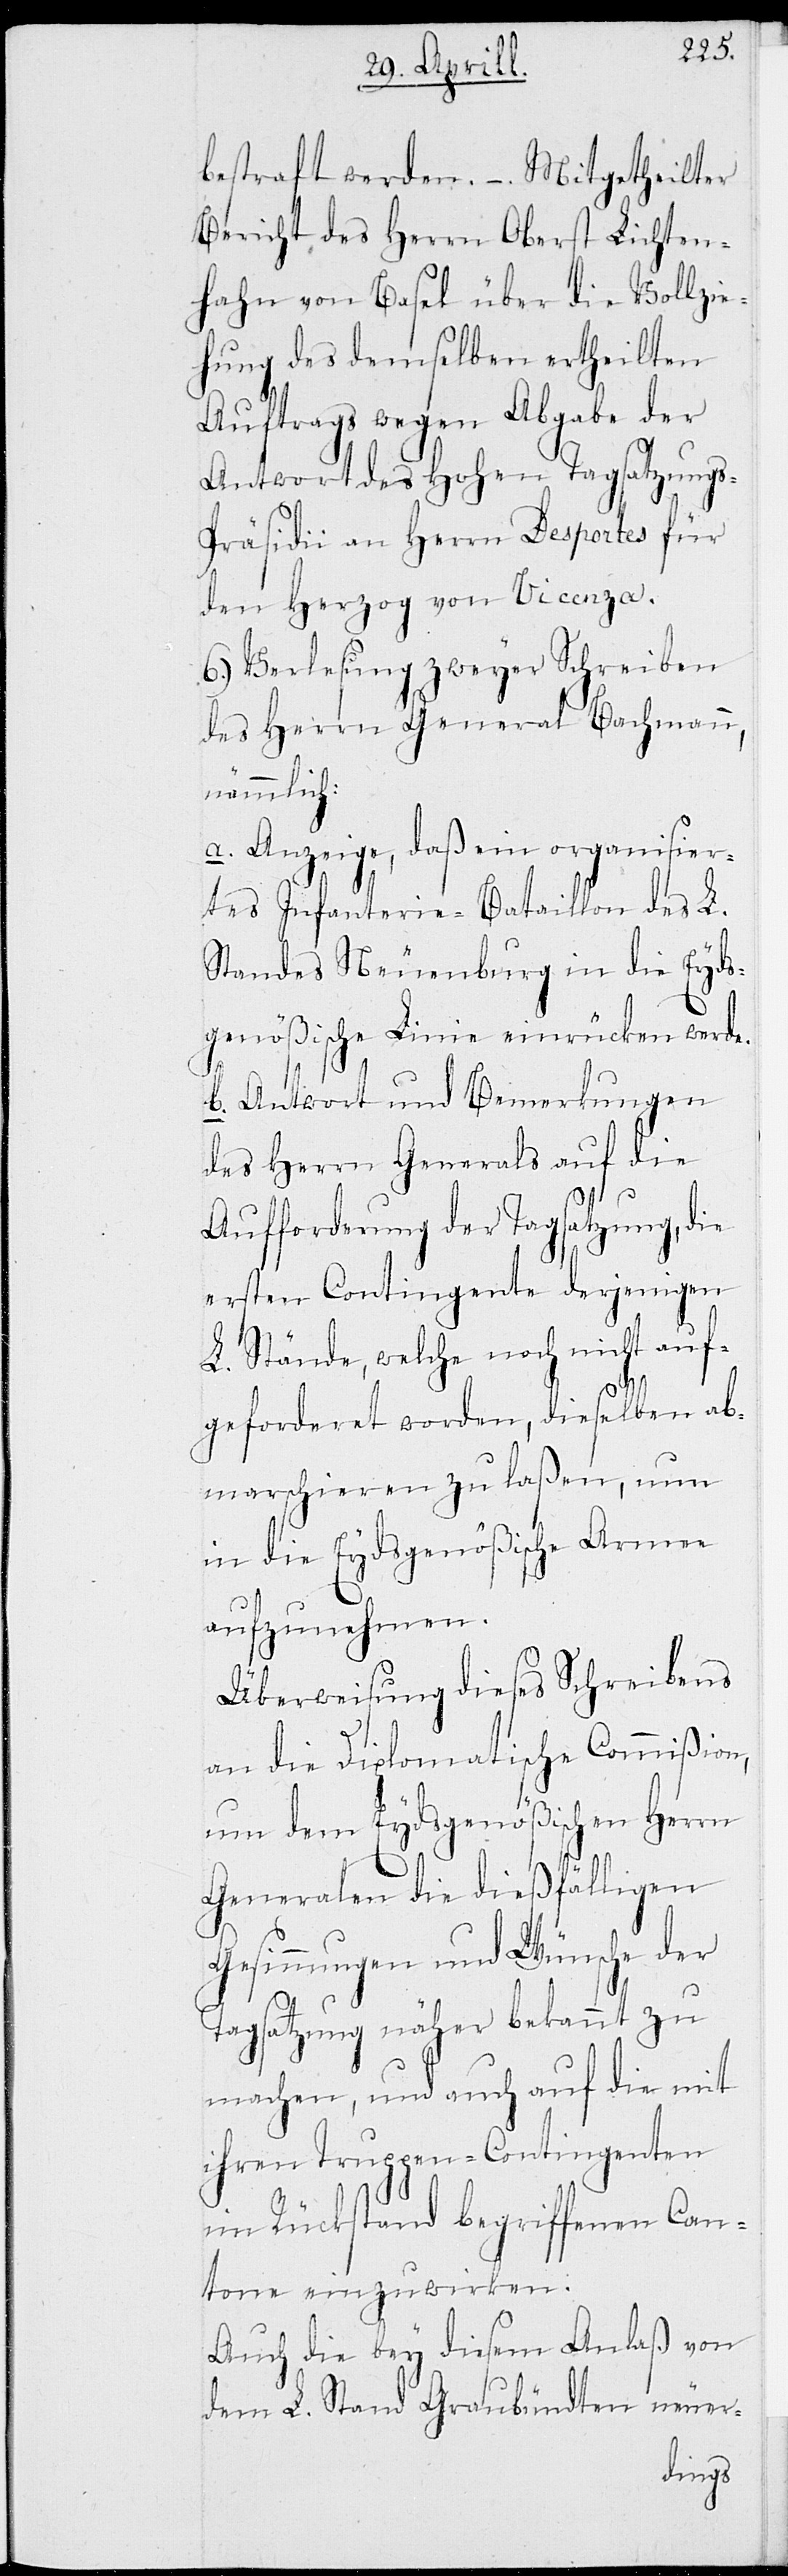
bestraft werden. – Mitgetheilter
Bericht des Herrn Oberst Lichten¬
hahn von Basel über die Vollzie¬
hung des demselben ertheilten
Auftrags wegen Abgabe der
Antwort des Hohen Tagsatzungs-P¬
räsidii an Herrn Desportes für
den Herzog von Vicenza.
6.) Verlesung zweyer Schreiben
des Herrn General Bachmann,
nämmlich:
a. Anzeige, daß ein organisise¬
rtes Infanterie-Bataillon des L.
Standes Neuenburg in die Eyds¬
genößische Linie einrücken werde.
b. Antworten und Bemerkungen
des Herrn Generals auf die
Aufforderung der Tagsatzung, die
ersten Contingente derjenigen
L. Stände, welche noch nicht auf¬
geforderet worden, dieselben ab¬
marschieren zu laßen, nun
in die Eydsgenößische Armee
aufzunehmen.
Überweisung dieses Schreibens
an die Diplomatische Commißion,
um dem Eydsgenößischen Herrn
Generalen die dießfälligen
Gesinnungen und Wünsche der
Tagsatzung näher bekannt zu
machen, und auch auf die mit
ihren Truppen-Contingenten
im Rückstand begriffenen Can¬
tone einzuwirken.
Auch die bey diesem Anlaß von
dem L. Stand Graubündten neuer-